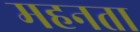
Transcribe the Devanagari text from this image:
महनता